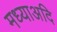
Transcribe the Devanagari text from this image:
मध्याअदि